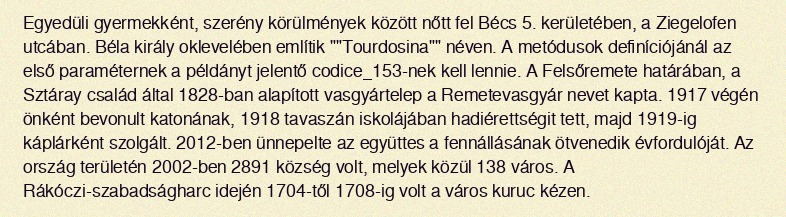
Egyedüli gyermekként, szerény körülmények között nőtt fel Bécs 5. kerületében, a Ziegelofen utcában. Béla király oklevelében említik ""Tourdosina"" néven. A metódusok definíciójánál az első paraméternek a példányt jelentő codice_153-nek kell lennie. A Felsőremete határában, a Sztáray család által 1828-ban alapított vasgyártelep a Remetevasgyár nevet kapta. 1917 végén önként bevonult katonának, 1918 tavaszán iskolájában hadiérettségit tett, majd 1919-ig káplárként szolgált. 2012-ben ünnepelte az együttes a fennállásának ötvenedik évfordulóját. Az ország területén 2002-ben 2891 község volt, melyek közül 138 város. A Rákóczi-szabadságharc idején 1704-től 1708-ig volt a város kuruc kézen.